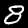
Digit: 8